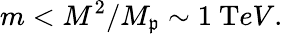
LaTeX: m<{M^{2}/M_{\mathfrak{p}}}\sim1~{\mathrm{{T}}eV}.